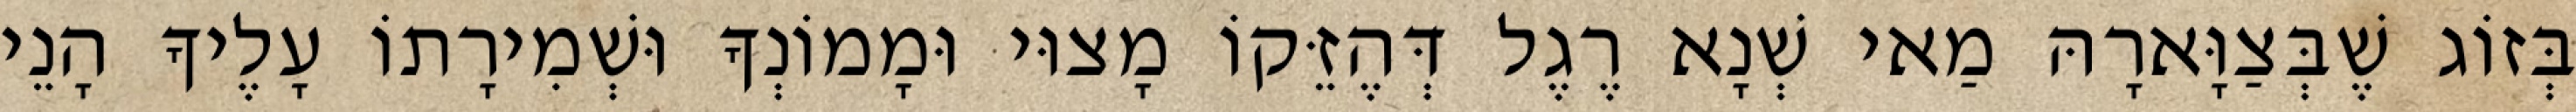
בְּזוֹג שֶׁבְּצַוָּארָהּ מַאי שְׁנָא רֶגֶל דְּהֶזֵּקוֹ מָצוּי וּמָמוֹנְךָ וּשְׁמִירָתוֹ עָלֶיךָ הָנֵי